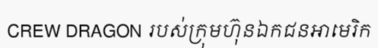
CREW DRAGON របស់ក្រុមហ៊ុនឯកជនអាមេរិក